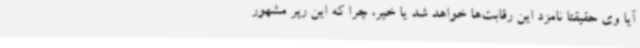
آیا وی حقیقتا نامزد این رقابت‌ها خواهد شد یا خیر، چرا که این رپر مشهور